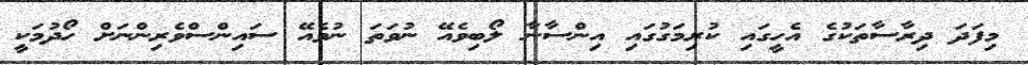
މިފަދަ ދިރާސާތަކުގެ އެހީގައި ކުރިމަގުގައި އިންސާނާ ލޯބިވެއޭ ނުވަތަ ނުވެއޭ ސައިންސްވެރިންނަށް ހޯދުމަކީ